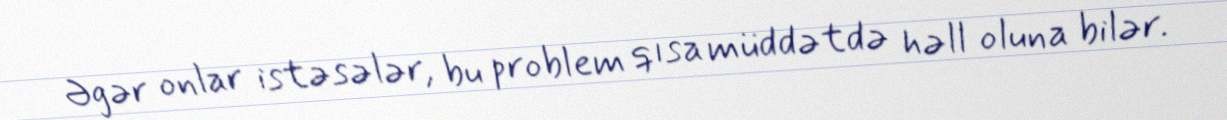
Əgər onlar istəsələr, bu problem qısa müddətdə həll oluna bilər.